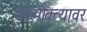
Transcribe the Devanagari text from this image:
उपभोक्त्यावर